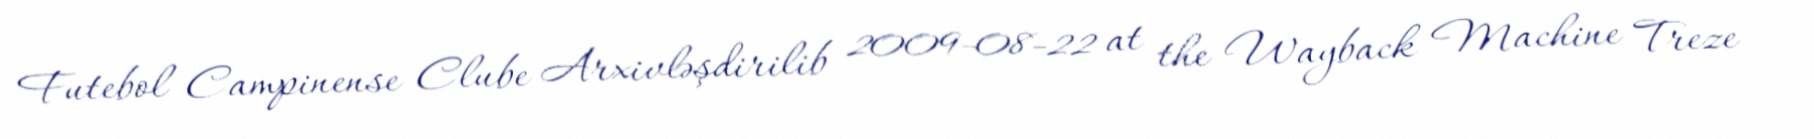
Futebol Campinense Clube Arxivləşdirilib 2009-08-22 at the Wayback Machine Treze